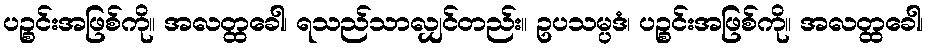
ပဉ္စင်းအဖြစ်ကို။ အလတ္ထခေါ၊ ရသည်သာလျှင်တည်း။ ဥပသမ္ပဒံ၊ ပဉ္စင်းအဖြစ်ကို။ အလတ္ထခေါ၊